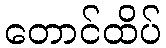
တောင်ထိပ်